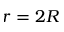
r = 2 R